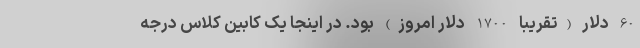
60 دلار (تقریبا 1700 دلار امروز) بود. در اینجا یک کابین کلاس درجه